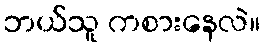
ဘယ်သူ ကစားနေလဲ။